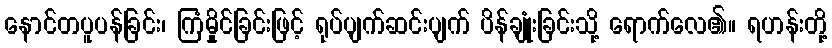
နောင်တပူပန်ခြင်း၊ ကြံမှိုင်ခြင်းဖြင့် ရုပ်ပျက်ဆင်းပျက် ပိန်ချုံးခြင်းသို့ ရောက်လေ၏။ ရဟန်းတို့